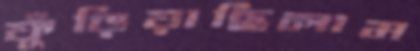
ফুঁড়িয়াছিলাম